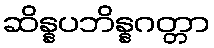
ဆိန္နပဘိန္နဂတ္တာ